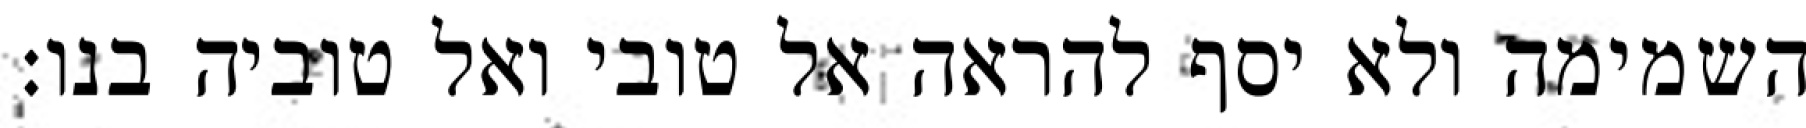
השמימה ולא יסף להראה אל טובי ואל טוביה בנו: